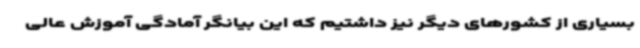
بسیاری از کشورهای دیگر نیز داشتیم که این بیانگر آمادگی آموزش عالی